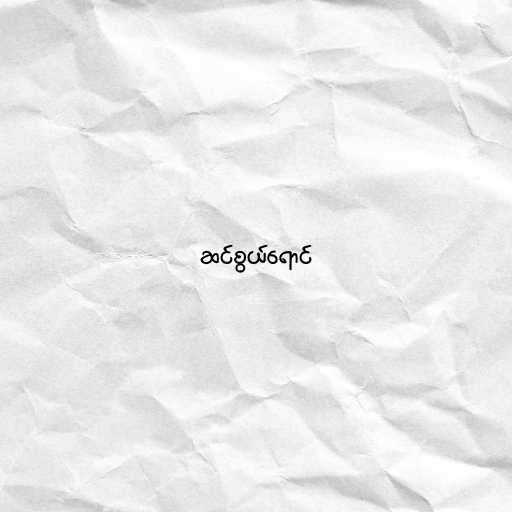
ဆင်စွယ်ရောင်